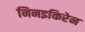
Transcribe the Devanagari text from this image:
निनइकिरेन